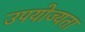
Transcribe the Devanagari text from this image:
उपयोज्यता